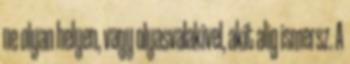
ne olyan helyen, vagy olyasvalakivel, akit alig ismersz. A